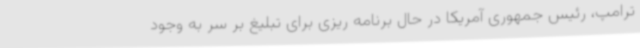
ترامپ، رئیس جمهوری آمریکا در حال برنامه ریزی برای تبلیغ بر سر به وجود